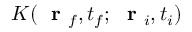
K ( \mathrm { ~ \bf ~ r ~ } _ { f } , t _ { f } ; \mathrm { ~ \bf ~ r ~ } _ { i } , t _ { i } )